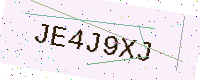
Text: JE4J9XJ